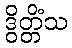
ဒွိတ္တိံသ